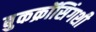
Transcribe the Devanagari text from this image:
बुकक्रॉसिंगशी